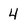
Character: 4